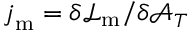
\boldsymbol { j } _ { \mathrm { m } } = \delta \mathcal { L } _ { \mathrm { m } } / \delta \boldsymbol { \mathcal { A } } _ { T }